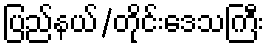
ပြည်နယ်/တိုင်းဒေသကြီး